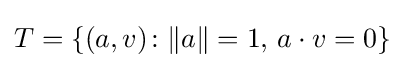
T=\{(a,v)\colon \|a\|=1,\,a\cdot v=0\}